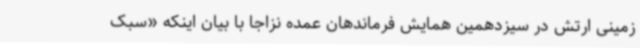
زمینی ارتش در سیزدهمین همایش فرماندهان عمده نزاجا با بیان اینکه «سبک